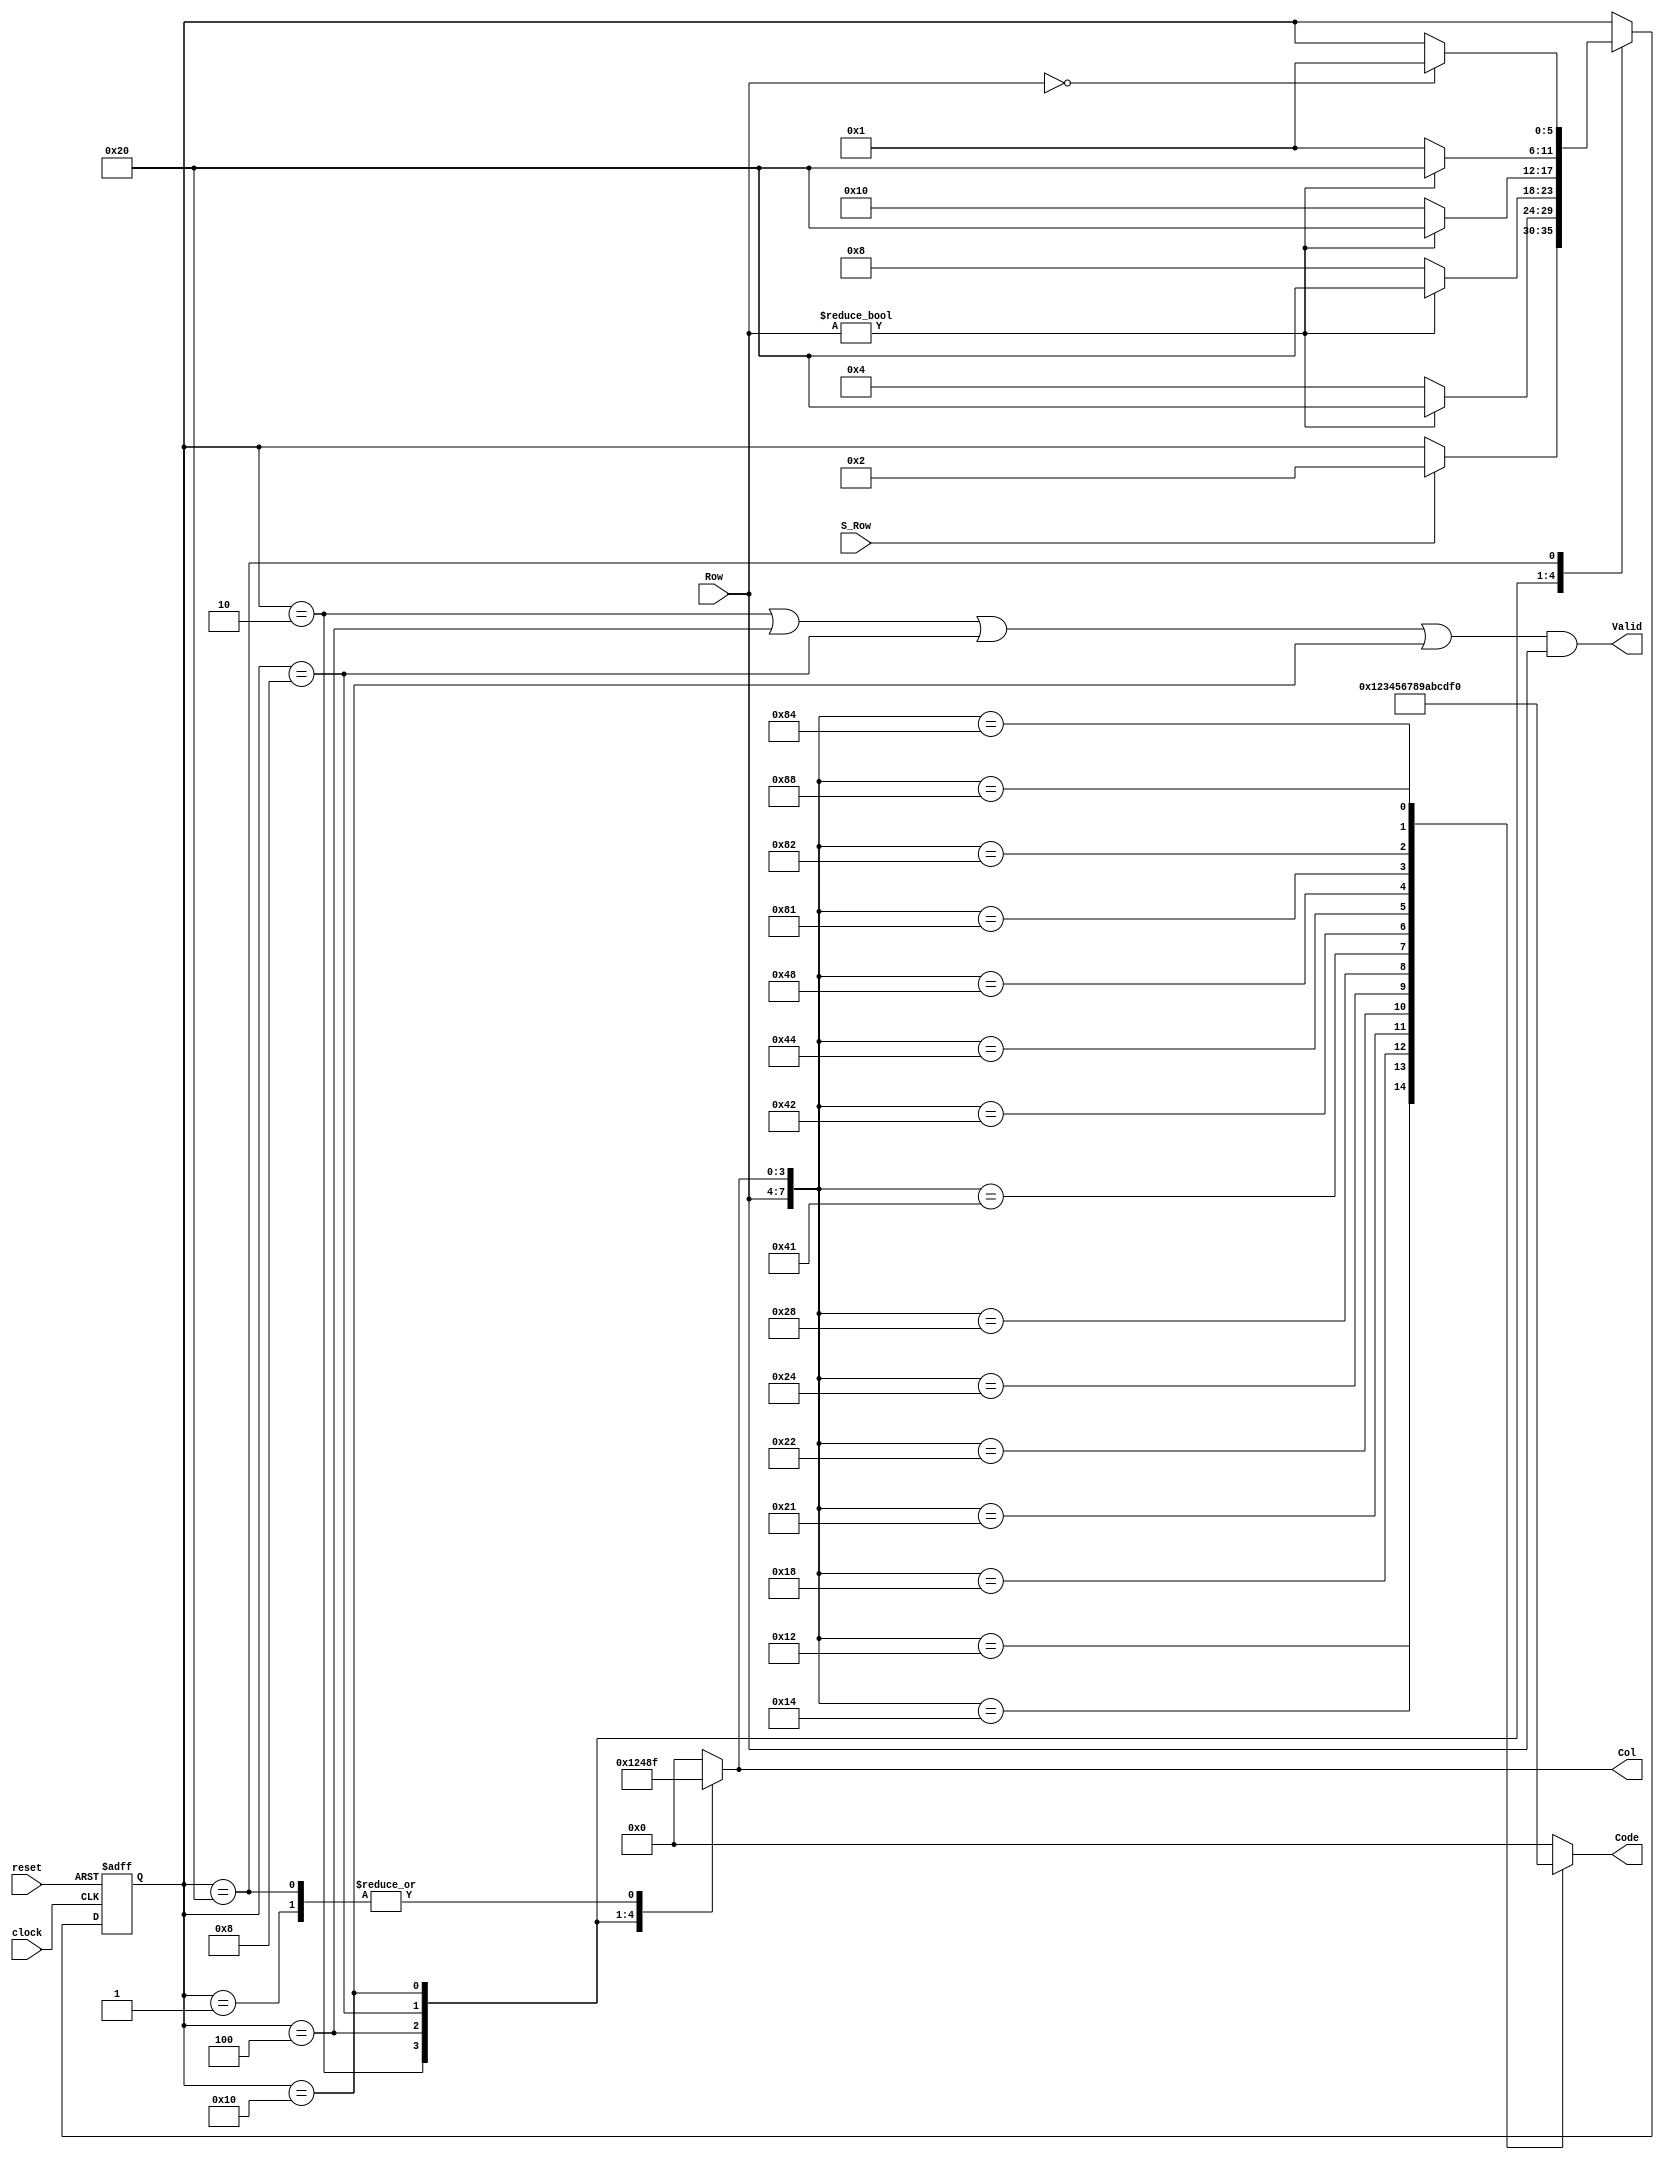
module Hex_Keypad_Grayhill_072(
    input [3:0] Row,
    input S_Row,
    input clock,
    input reset,
    output reg [3:0] Code,
    output Valid,
    output reg [3:0] Col
    );
    
    reg [5: 0] state, next_state;
    
   // One-hot encoding
    parameter S_0 = 6'b000001, S_1 = 6'b000010, S_2 = 6'b000100;
    parameter S_3 = 6'b001000, S_4 = 6'b010000, S_5 = 6'b100000;
    assign Valid = ((state == S_1) || (state == S_2) || (state == S_3) || (state == S_4)) && Row;
    always @ (Row or Col)
    case ({Row, Col})
        8'b0001_0001: Code = 0; 
        8'b0001_0010: Code = 1;
        8'b0001_0100: Code = 2; 
        8'b0001_1000: Code = 3;
        8'b0010_0001: Code = 4; 
        8'b0010_0010: Code = 5;
        8'b0010_0100: Code = 6;
        8'b0010_1000: Code = 7;
        8'b0100_0001: Code = 8;
        8'b0100_0010: Code = 9;
        8'b0100_0100: Code = 10;        //A
        8'b0100_1000: Code = 11;        //B
        8'b1000_0001: Code = 12;        //C
        8'b1000_0010: Code = 13;        //D
        8'b1000_0100: Code = 14;        //E
        8'b1000_1000: Code = 15;        //F
        default: Code = 0;                     //Arbitrary choice
    endcase
    always @(posedge clock or posedge reset)
    if (reset) state <= S_0;
    else state <= next_state;
    always@ (state or S_Row or Row)                 // Next-state logic
    begin next_state = state; Col = 0;
    case (state)
        //Assert all columns
        S_0: begin Col = 15; if (S_Row) next_state =S_1; end
        //Assert column 0
        S_1: begin Col = 1; if (Row) next_state = S_5; else next_state = S_2; end
        //Assert column 1
        S_2: begin Col = 2; if (Row) next_state = S_5; else next_state = S_3; end
        // Assert column 2
        S_3: begin Col = 4; if (Row) next_state = S_5; else next_state= S_4; end
       // Assert column 3
        S_4: begin Col = 8; if (Row) next_state = S_5; else next_state = S_0; end
        // Assert all rows
        S_5: begin Col = 15; if (Row ==0) next_state = S_0; end
    endcase
    end
endmodule